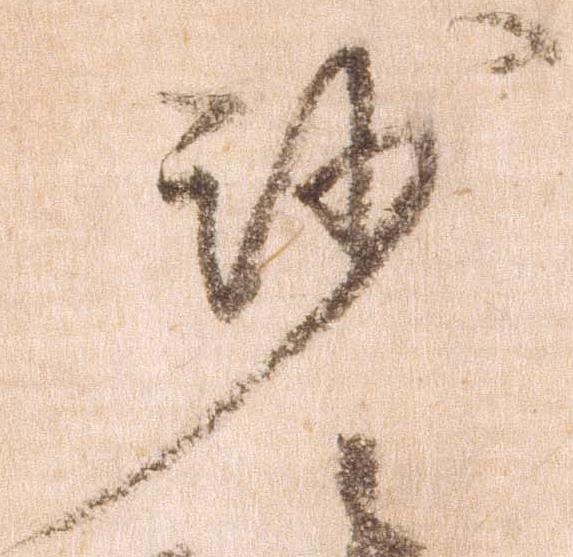
沙